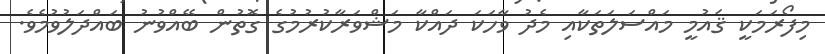
މިފޯރަމަކީ ޤައުމީ މައްސަލަތަކާއި މެދު ވާހަކަ ދައްކާ މަޝްވަރާކުރުމުގެ ގޮތުން ބޭއްވުނު ބައްދަލުވުމެވެ.